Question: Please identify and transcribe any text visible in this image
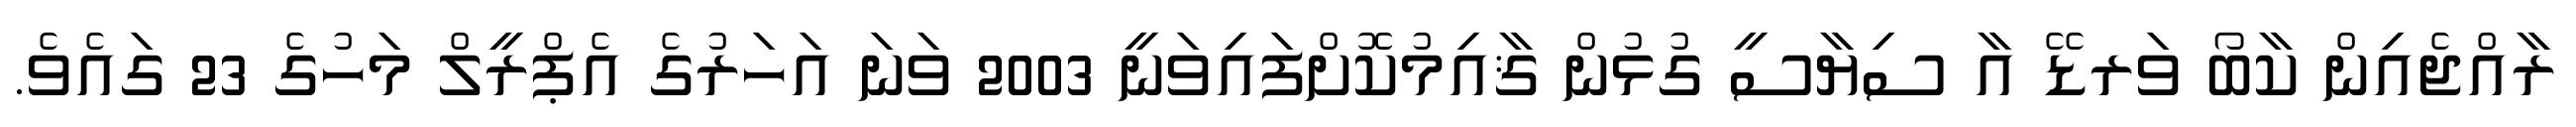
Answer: ރާއްޖެއިން ކާބޯ ވަރޑޭ އާ ސިޔާސީ ގުޅުން ޤާއިމުކޮށްފައިވަނީ 2003 ވަނަ އަހަރުގެ އެޕްރީލް މަހުގެ 23 ގައެވެ.